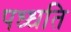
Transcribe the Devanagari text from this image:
पध्धति